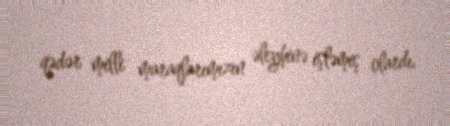
qədər milli maraqlarımızın əleyhinə işləmiş olardı.